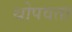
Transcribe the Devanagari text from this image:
थोपवता